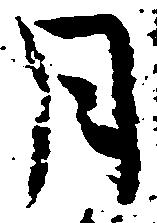
月